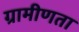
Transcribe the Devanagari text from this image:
ग्रामीणता